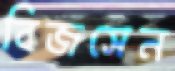
বিজসেন